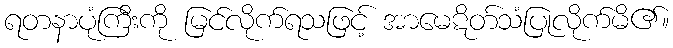
ရတနာပုံကြီးကို မြင်လိုက်ရသဖြင့် အာမေဋိတ်သံပြုလိုက်မိ၏။